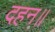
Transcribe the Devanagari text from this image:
दहन॥